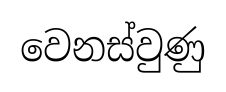
වෙනස්වුණු